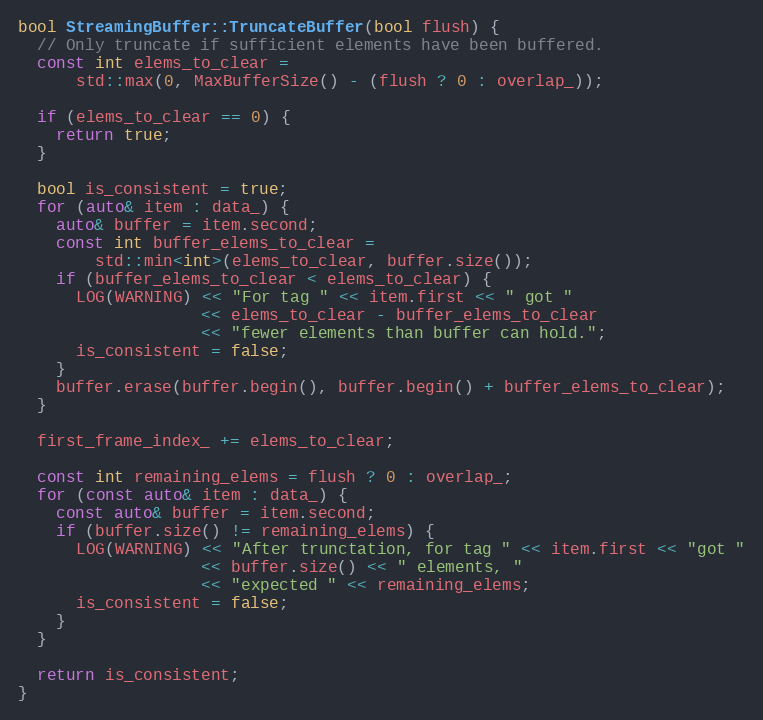
Language: C++
bool StreamingBuffer::TruncateBuffer(bool flush) {
  // Only truncate if sufficient elements have been buffered.
  const int elems_to_clear =
      std::max(0, MaxBufferSize() - (flush ? 0 : overlap_));

  if (elems_to_clear == 0) {
    return true;
  }

  bool is_consistent = true;
  for (auto& item : data_) {
    auto& buffer = item.second;
    const int buffer_elems_to_clear =
        std::min<int>(elems_to_clear, buffer.size());
    if (buffer_elems_to_clear < elems_to_clear) {
      LOG(WARNING) << "For tag " << item.first << " got "
                   << elems_to_clear - buffer_elems_to_clear
                   << "fewer elements than buffer can hold.";
      is_consistent = false;
    }
    buffer.erase(buffer.begin(), buffer.begin() + buffer_elems_to_clear);
  }

  first_frame_index_ += elems_to_clear;

  const int remaining_elems = flush ? 0 : overlap_;
  for (const auto& item : data_) {
    const auto& buffer = item.second;
    if (buffer.size() != remaining_elems) {
      LOG(WARNING) << "After trunctation, for tag " << item.first << "got "
                   << buffer.size() << " elements, "
                   << "expected " << remaining_elems;
      is_consistent = false;
    }
  }

  return is_consistent;
}